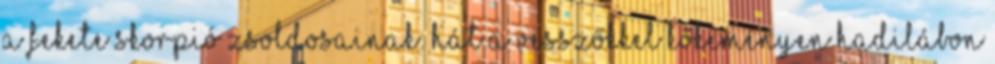
a Fekete Skorpió zsoldosainak. Hát a vesszőkkel kőkeményen hadilábon